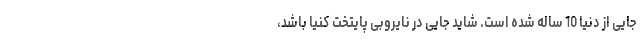
جایی از دنیا 10 ساله شده است. شاید جایی در نایروبی پایتخت کنیا باشد،